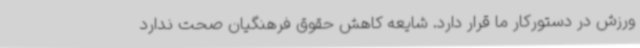
ورزش در دستورکار ما قرار دارد. شایعه کاهش حقوق فرهنگیان صحت ندارد